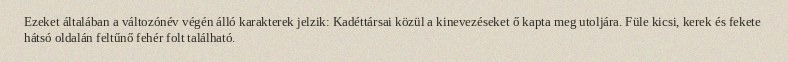
Ezeket általában a változónév végén álló karakterek jelzik: Kadéttársai közül a kinevezéseket ő kapta meg utoljára. Füle kicsi, kerek és fekete hátsó oldalán feltűnő fehér folt található.